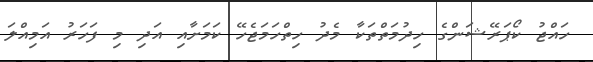
ހައްޖު ކޯޕަރޭޝަންގެ ހިދުމަތްތަކާ މެދު ހިތްހަމަޖެހޭ ކަމަށާއި އަދި މި ފަހަރު އަމިއްލަ